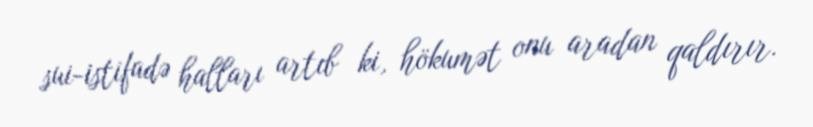
sui-istifadə halları artıb ki, hökumət onu aradan qaldırır.